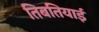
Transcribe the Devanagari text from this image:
तिबतियाई